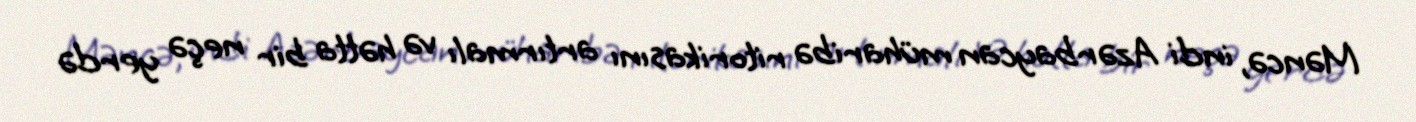
Məncə, indi Azərbaycan müharibə ritorikasını artırmalı və hətta bir neçə yerdə